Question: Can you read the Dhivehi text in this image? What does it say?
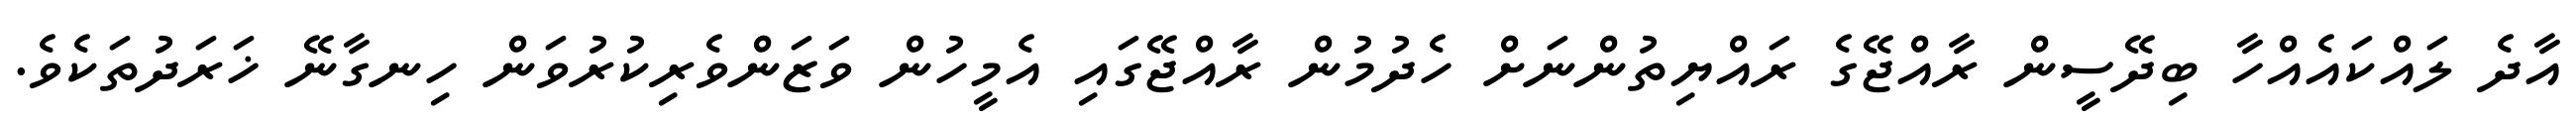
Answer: އާދެ ލައްކައެއްހާ ބިދޭސީން ރާއްޖޭގެ ރައްޔިތުންނަށް ހެދުމުން ރާއްޖޭގައި އެމީހުން ވަޒަންވެރިކުރުވަން ހިނގާނޭ ޚަރަދުތަކެވެ.